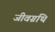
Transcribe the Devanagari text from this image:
जीवग्रथि